Report of the Indian Hemp Drugs Commission, 1894-1895 - Volume I
Year: 1894
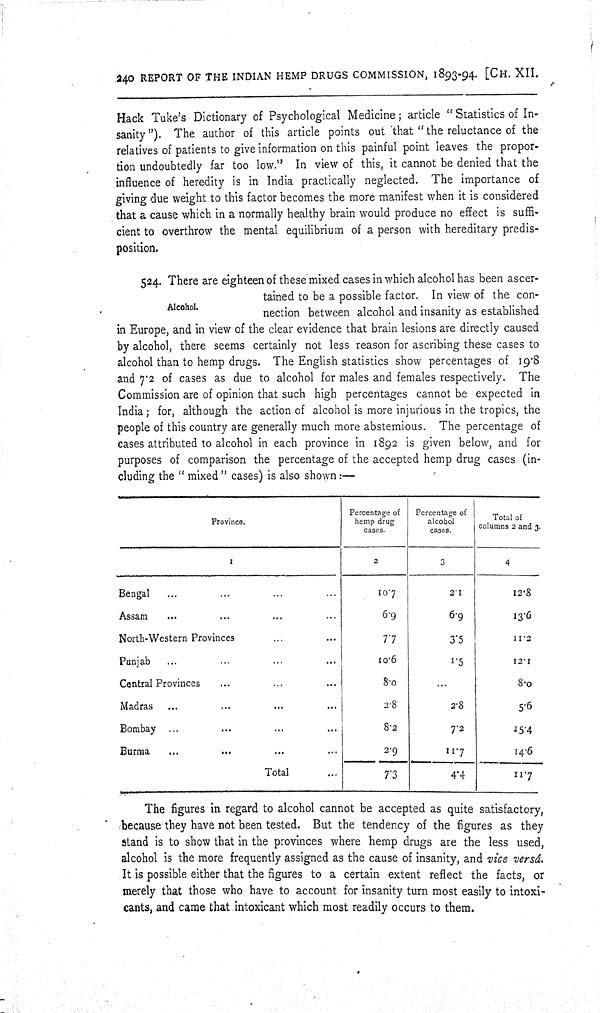
240 REPORT OF THE INDIAN HEMP DRUGS COMMISSION, 1893-94. [CH. XII.
Hack Tuke's Dictionary of Psychological Medicine; article "Statistics of In-
sanity"). The author of this article points out that "the reluctance of the
relatives of patients to give information on this painful point leaves the propor-
tion undoubtedly far too low." In view of this, it cannot be denied that the
influence of heredity is in India practically neglected. The importance of
giving due weight to this factor becomes the more manifest when it is considered
that a cause which in a normally healthy brain would produce no effect is suffi-
cient to overthrow the mental equilibrium of a person with hereditary predis-
position.
Alcohol.
524. There are eighteen of these mixed cases in which alcohol has been ascer-
tained to be a possible factor. In view of the con-
nection between alcohol and insanity as established
in Europe, and in view of the clear evidence that brain lesions are directly caused
by alcohol, there seems certainly not less reason for ascribing these cases to
alcohol than to hemp drugs. The English statistics show percentages of 19.8
and 7.2 of cases as due to alcohol for males and females respectively. The
Commission are of opinion that such high percentages cannot be expected in
India; for, although the action of alcohol is more injurious in the tropics, the
people of this country are generally much more abstemious. The percentage of
cases attributed to alcohol in each province in 1892 is given below, and for
purposes of comparison the percentage of the accepted hemp drug cases (in-
cluding the "mixed" cases) is also shown:—
Province.
Percentage of
hemp drug
cases.
Percentage of
alcohol
cases.
Total of
col umns 2 and 3.
1
2
3
4
Bengal
10.7
2.1
12.8
Assam
6.9
6.9
13.6
North-Western Provinces
7.7
3.5
11.2
Punjab
10.6
1.5
12.1
Central Provinces
8.0
8.0
Madras
2.8
2.8
5.6
Bombay
8.2
7.2
15.4
Burma
2.9
11.7
14.6
Total
7.3
4.4
11.7
The figures in regard to alcohol cannot be accepted as quite satisfactory,
because they have not been tested. But the tendency of the figures as they
stand is to show that in the provinces where hemp drugs are the less used,
alcohol is the more frequently assigned as the cause of insanity, and vice versá.
It is possible either that the figures to a certain extent reflect the facts, or
merely that those who have to account for insanity turn most easily to intoxi-
cants, and came that intoxicant which most readily occurs to them.